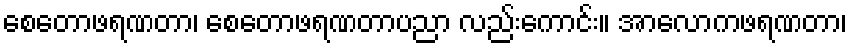
စေတောဖရဏတာ၊ စေတောဖရဏတာပညာ လည်းကောင်း။ အာလောကဖရဏတာ၊